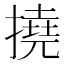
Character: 撓